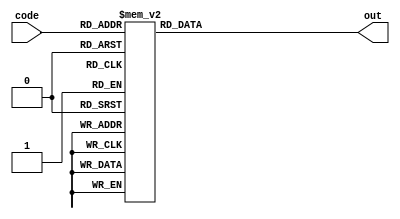
module sevenSegmentCommonAnode (
    input wire [3:0] code,
    output wire [6:0] out
);
    function [6:0] sevenSegDecodeCommonAnode(input [3:0] code);
        case (code)
            //                                  GFEDCBA
            'h0: sevenSegDecodeCommonAnode = 7'b1000000;
            'h1: sevenSegDecodeCommonAnode = 7'b1111001;
            'h2: sevenSegDecodeCommonAnode = 7'b0100100;
            'h3: sevenSegDecodeCommonAnode = 7'b0110000;
            'h4: sevenSegDecodeCommonAnode = 7'b0011001;
            'h5: sevenSegDecodeCommonAnode = 7'b0010010;
            'h6: sevenSegDecodeCommonAnode = 7'b0000010;
            'h7: sevenSegDecodeCommonAnode = 7'b1111000;
            'h8: sevenSegDecodeCommonAnode = 7'b0000000;
            'h9: sevenSegDecodeCommonAnode = 7'b0010000;
            'hA: sevenSegDecodeCommonAnode = 7'b0001000;
            'hB: sevenSegDecodeCommonAnode = 7'b0000011;
            'hC: sevenSegDecodeCommonAnode = 7'b1000110;
            'hD: sevenSegDecodeCommonAnode = 7'b0100001;
            'hE: sevenSegDecodeCommonAnode = 7'b0000110;
            'hF: sevenSegDecodeCommonAnode = 7'b0001110;
            default: sevenSegDecodeCommonAnode = 7'b1111111;
        endcase
    endfunction

    assign out = sevenSegDecodeCommonAnode(code);
endmodule
module sevenSegmentMultiplexedCommonAnode
#(parameter SEL_BITS = 1, COUNTER_BITS = 24)
(
    input wire clk,
    input wire [(4 << SEL_BITS) - 1:0] code,
    input wire [(1 << SEL_BITS) - 1:0] points,
    output wire [7:0] segments,
    output reg [SEL_BITS - 1:0] sel = 0
);
    reg [COUNTER_BITS - 1:0] counter = 0;
    wire [3:0] o_code;

    mux #(.SEL_BITS(SEL_BITS)) m(.code(code), .sel(sel), .out(o_code));
    sevenSegmentCommonAnode s(.code(o_code), .out(segments[6:0]));

    assign segments[7] = points[sel];
    
    always @(posedge clk) begin
        if (counter == 0) begin
            sel = sel + 1;
        end
        counter = counter + 1;
    end
endmodule